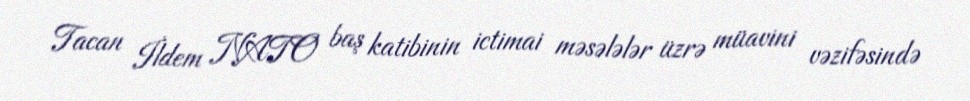
Tacan İldem NATO baş katibinin ictimai məsələlər üzrə müavini vəzifəsində